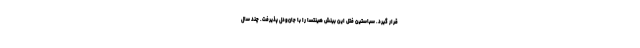
قرار گیرد. سباستین فتل این بینش هینتسا را با جان‌ودل پذیرفت. چند سال